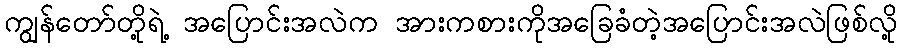
ကျွန်တော်တို့ရဲ့ အပြောင်းအလဲက အားကစားကိုအခြေခံတဲ့အပြောင်းအလဲဖြစ်လို့